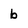
Character: b